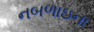
નબળાઇના